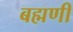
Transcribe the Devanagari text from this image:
बह्मणी